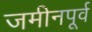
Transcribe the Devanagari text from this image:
जमीनपूर्व